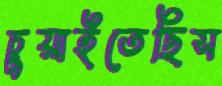
চুয়াইতেছিস